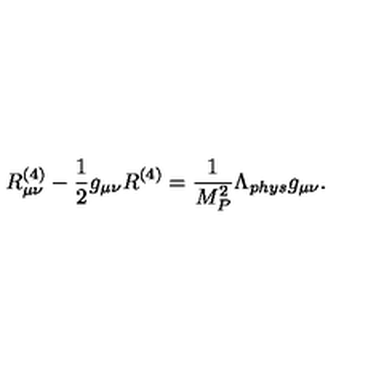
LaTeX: R _ { \mu \nu } ^ { ( 4 ) } - \frac { 1 } { 2 } g _ { \mu \nu } R ^ { ( 4 ) } = \frac { 1 } { M _ { P } ^ { 2 } } \Lambda _ { p h y s } g _ { \mu \nu } .